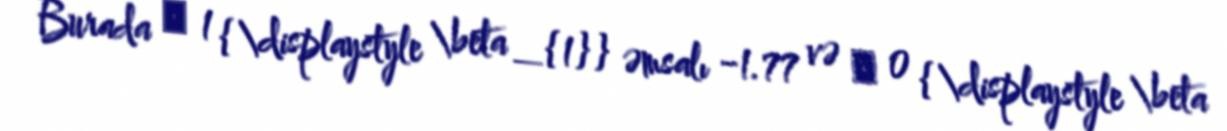
Burada β 1 {\displaystyle \beta _{1}} əmsalı −1.77 və β 0 {\displaystyle \beta